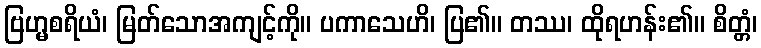
ဗြဟ္မစရိယံ၊ မြတ်သောအကျင့်ကို။ ပကာသေဟိ၊ ပြ၏။ တဿ၊ ထိုရဟန်း၏။ စိတ္တံ၊